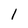
Character: 1